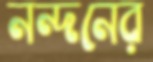
নন্দনের